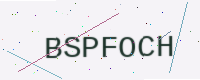
Text: BSPFOCH